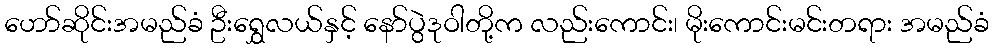
ဟော်ဆိုင်းအမည်ခံ ဦးရွှေလယ်နှင့် နော်ပွဲဒုဝါတို့က လည်းကောင်း၊ မိုးကောင်းမင်းတရား အမည်ခံ